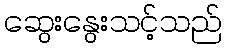
ဆွေးနွေးသင့်သည်